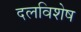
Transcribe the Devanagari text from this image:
दलविशेष